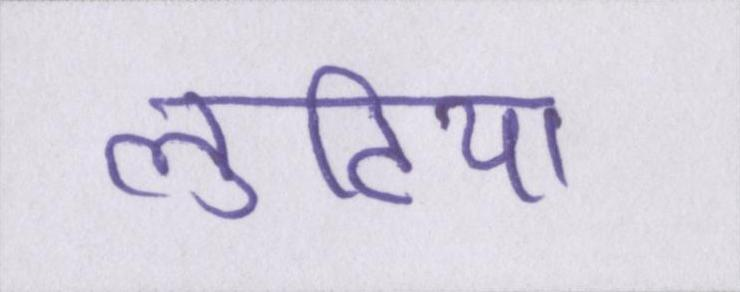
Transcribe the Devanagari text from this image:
लुटिया